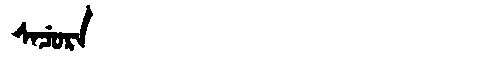
Manchu: ᠰᠠᠴᡠᡵᠠ
Romanization: SACURA